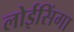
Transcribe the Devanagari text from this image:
लोईसिंगा